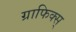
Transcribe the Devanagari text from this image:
ग्राफिक्स्